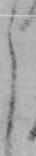
よ